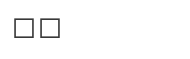
١٣